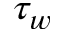
\tau _ { w }